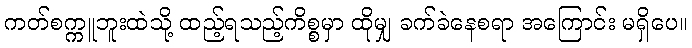
ကတ်စက္ကူဘူးထဲသို့ ထည့်ရသည့်ကိစ္စမှာ ထိုမျှ ခက်ခဲနေစရာ အကြောင်း မရှိပေ။